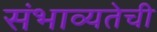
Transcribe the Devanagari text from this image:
संभाव्यतेची